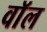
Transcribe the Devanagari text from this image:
वाॅल